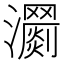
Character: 𤄨